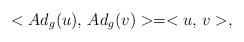
LaTeX: \begin{align*}<Ad_{g}(u),\,Ad_{g}(v)>=<u,\,v>,\end{align*}